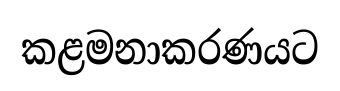
කළමනාකරණයට